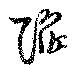
陥